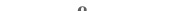
٣٦